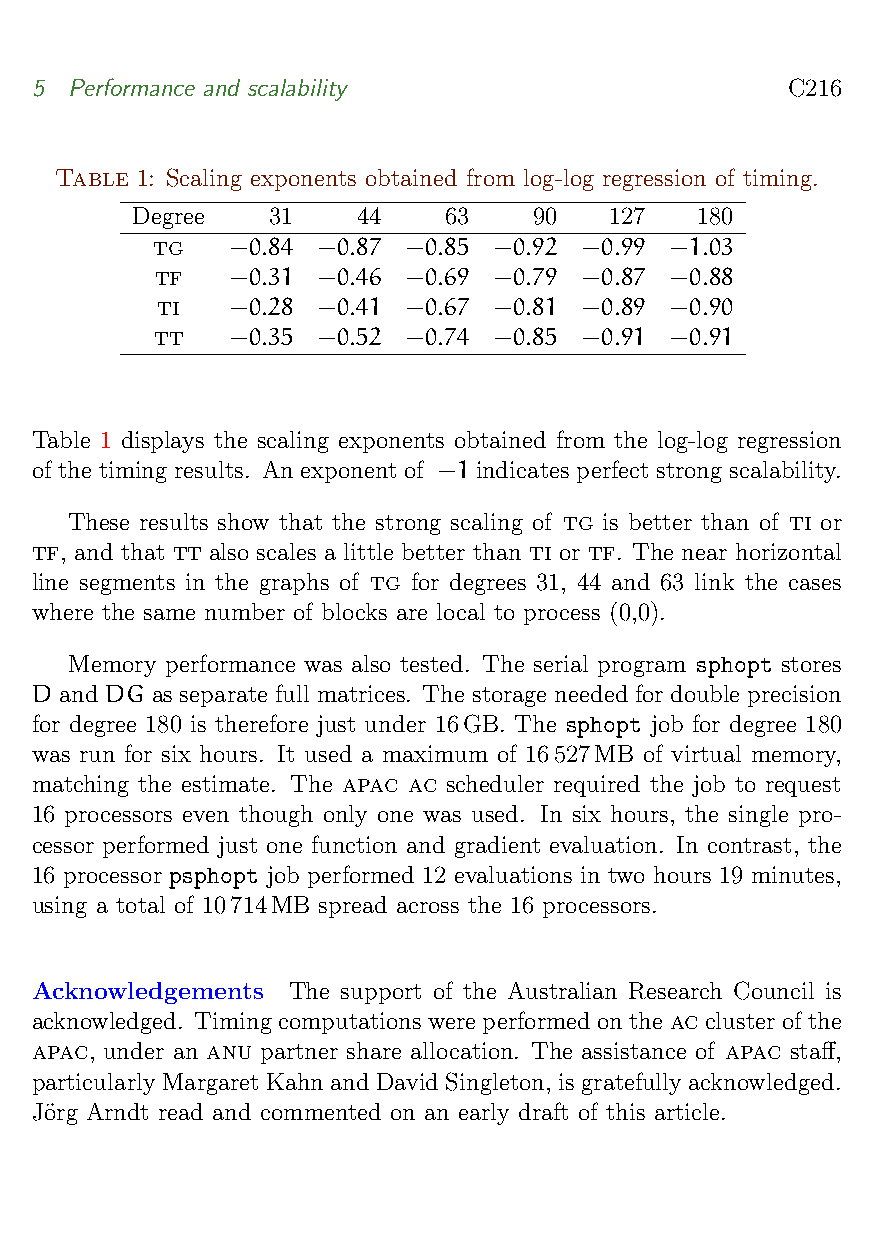
5  Performance and scalability                    C216
 Table 1: Scaling exponents obtained from log-log regression of timing.
 Degree   31    44   63    90   127   180
 tg   −0.84 −0.87 −0.85 −0.92 −0.99 −1.03
 tf   −0.31 −0.46 −0.69 −0.79 −0.87 −0.88
 ti   −0.28 −0.41 −0.67 −0.81 −0.89 −0.90
 tt   −0.35 −0.52 −0.74 −0.85 −0.91 −0.91
 Table 1 displays the scaling exponents obtained from the log-log regression
 of the timing results. An exponent of −1 indicates perfect strong scalability.
 These results show that the strong scaling of tg is better than of ti or
 tf, and that tt also scales a little better than ti or tf. The near horizontal
 line segments in the graphs of tg for degrees 31, 44 and 63 link the cases
 where the same number of blocks are local to process (0,0).
 Memory performance was also tested. The serial program sphopt stores
 D and DG as separate full matrices. The storage needed for double precision
 for degree 180 is therefore just under 16GB. The sphopt job for degree 180
 was run for six hours. It used a maximum of 16527MB of virtual memory,
 matching the estimate. The apac ac scheduler required the job to request
 16 processors even though only one was used. In six hours, the single pro-
 cessor performed just one function and gradient evaluation. In contrast, the
 16 processor psphopt job performed 12 evaluations in two hours 19 minutes,
 using a total of 10714MB spread across the 16 processors.
 Acknowledgements The support of the Australian Research Council is
 acknowledged. Timing computationswere performed ontheaccluster ofthe
 apac, under an anu partner share allocation. The assistance of apac staff,
 particularlyMargaret Kahnand David Singleton, is gratefullyacknowledged.
 Jo¨rg Arndt read and commented on an early draft of this article.